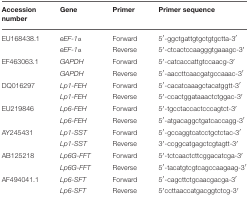
<table><thead><tr><td><b>Accession number</b></td><td><b>Gene</b></td><td><b>Primer</b></td><td><b>Primer sequence</b></td></tr></thead><tbody><tr><td>EU168438.1</td><td><i>eEF-1α</i></td><td>Forward</td><td>5′-ggctgattgtgctgtgctta-3′</td></tr><tr><td></td><td><i>eEF-1α</i></td><td>Reverse</td><td>5′-ctcactccaagggtgaaagc-3′</td></tr><tr><td>EF463063.1</td><td><i>GAPDH</i></td><td>Forward</td><td>5′-catcaccattgtccaacg-3′</td></tr><tr><td></td><td><i>GAPDH</i></td><td>Reverse</td><td>5′-aaccttcaacgatgccaaac-3′</td></tr><tr><td>DQ016297</td><td><i>Lp1-FEH</i></td><td>Forward</td><td>5′-cacatcaaagctacatggtt-3′</td></tr><tr><td></td><td><i>Lp1-FEH</i></td><td>Reverse</td><td>5′-ccactggataaactctggac-3′</td></tr><tr><td>EU219846</td><td><i>Lp6-FEH</i></td><td>Forward</td><td>5′-tgcctaccactcccagtct-3′</td></tr><tr><td></td><td><i>Lp6-FEH</i></td><td>Reverse</td><td>5′-atgacaggctgatcaccagg-3′</td></tr><tr><td>AY245431</td><td><i>Lp1-SST</i></td><td>Forward</td><td>5′-gccaggtcatcctgctctac-3′</td></tr><tr><td></td><td><i>Lp1-SST</i></td><td>Reverse</td><td>3′-ccggcatgagctcgtagtt-3′</td></tr><tr><td>AB125218</td><td><i>Lp6G-FFT</i></td><td>Forward</td><td>5′-tctcaactcttcggacatcga-3′</td></tr><tr><td></td><td><i>Lp6G-FFT</i></td><td>Reverse</td><td>5′-tacatgtcgtcagccaagaag-3′</td></tr><tr><td>AF494041.1</td><td><i>Lp6-SFT</i></td><td>Forward</td><td>5′-cagcttctgcaacgacga-3′</td></tr><tr><td></td><td><i>Lp6-SFT</i></td><td>Reverse</td><td>5′ccttaaccatgacggtctcg-3′</td></tr></tbody></table>